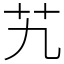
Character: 艽